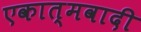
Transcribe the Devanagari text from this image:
एकात्मवादी